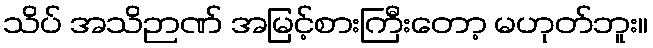
သိပ် အသိဉာဏ် အမြင့်စားကြီးတော့ မဟုတ်ဘူး။